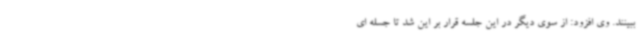
ببینند. وی افزود: از سوی دیگر در این جلسه قرار بر این شد تا جسله ای